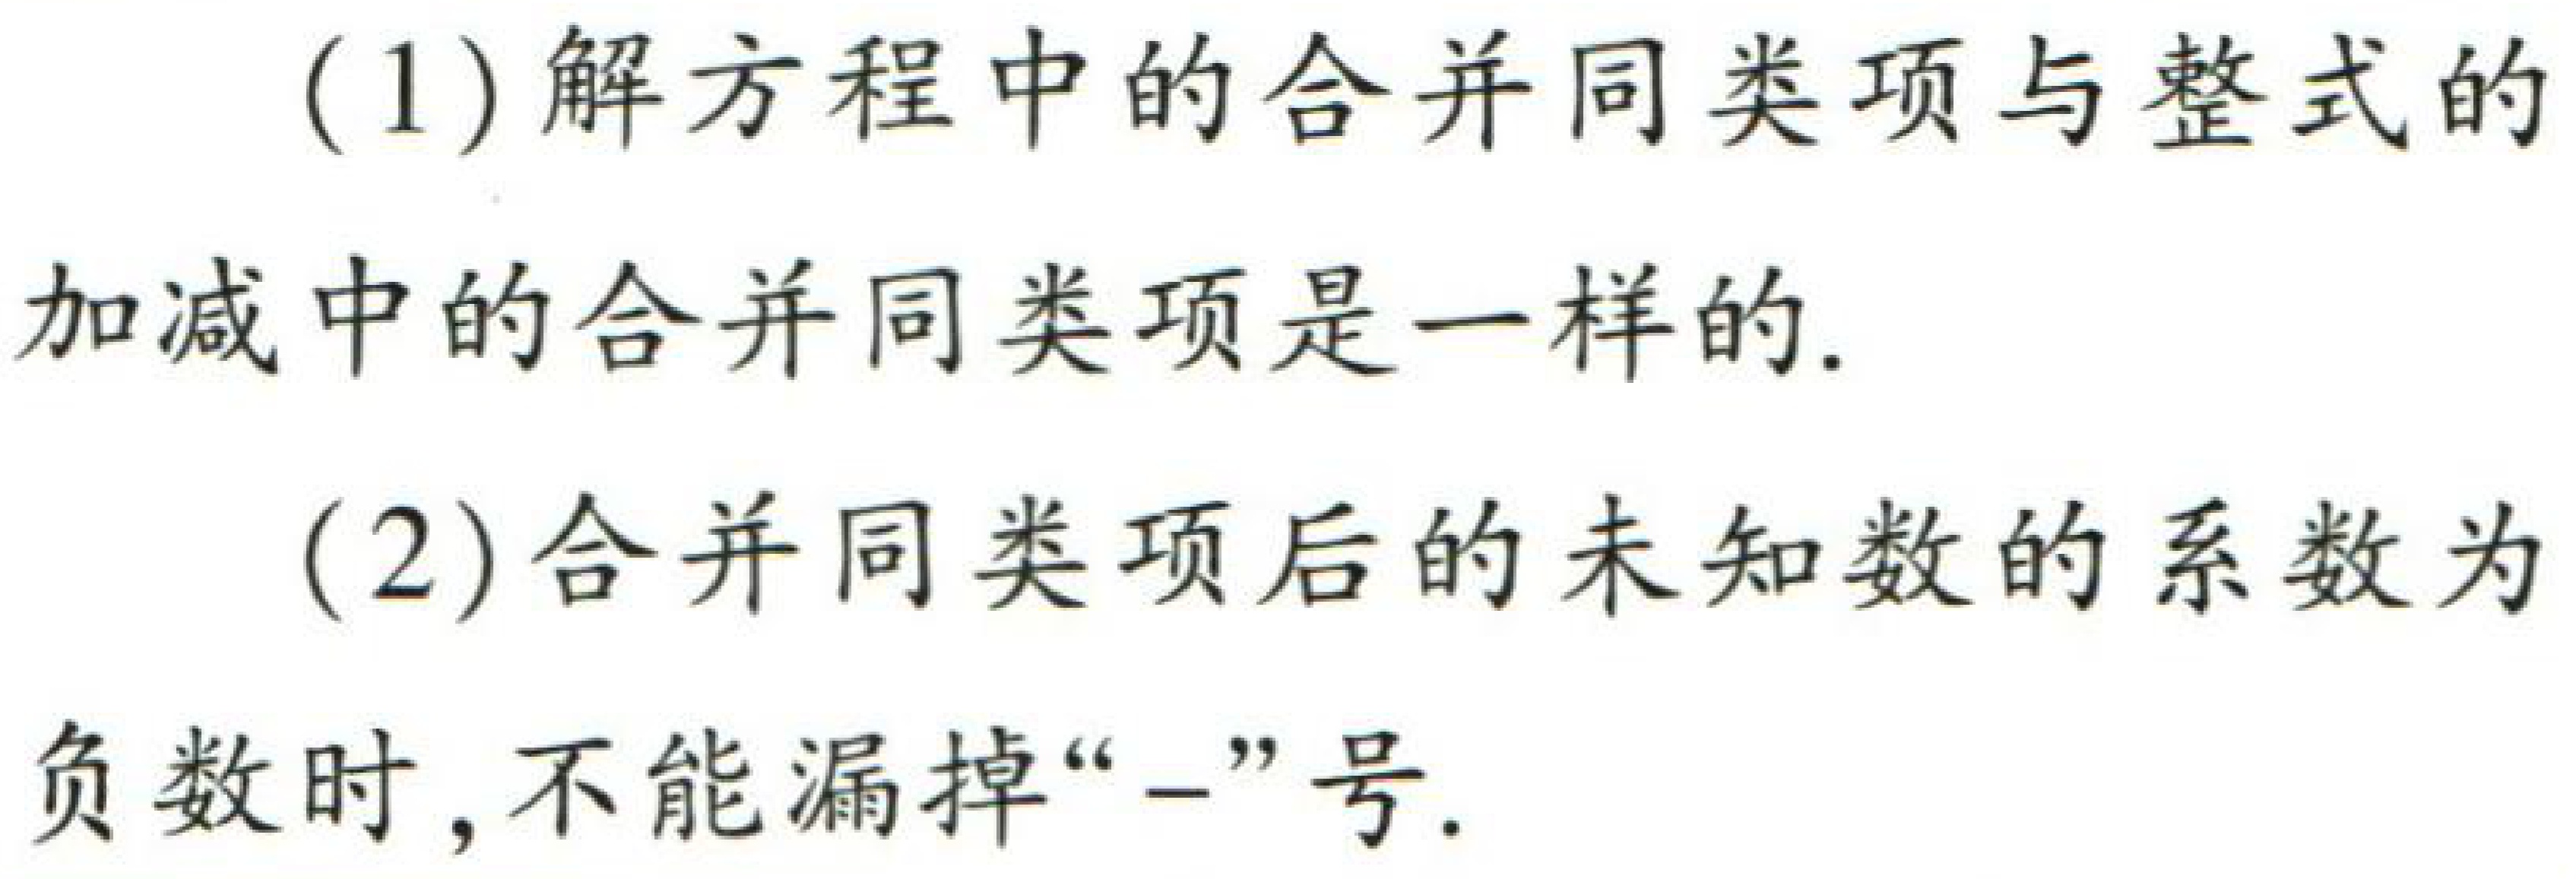
(1)解方程中的合并同类项与整式的

加减中的合并同类项是一样的.

(2)合并同类项后的未知数的系数为

负数时,不能漏掉“$-$”号.